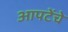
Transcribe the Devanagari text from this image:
आपटेंचे